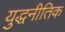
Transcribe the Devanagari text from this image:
युद्धनीतिक